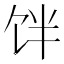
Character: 𱃷